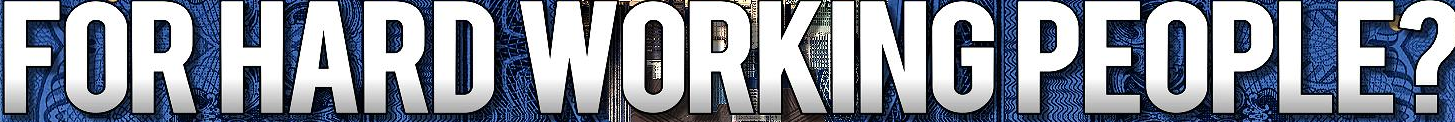
FOR HEAD WORKING PEOPLE?